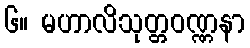
၆။ မဟာလိသုတ္တဝဏ္ဏနာ